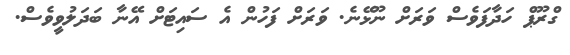
ގްރޫޕް ހަދާފަވެސް ވަރަށް ނޫޅޭނެ. ވަރަށް ފަހުން އެ ސައިޓަށް އޭނާ ބަދަލުވީވެސް.